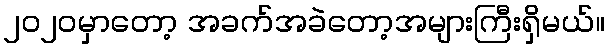
၂၀၂၀မှာတော့ အခက်အခဲတော့အများကြီးရှိမယ်။